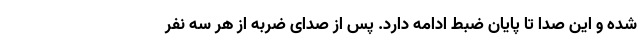
شده و این صدا تا پایان ضبط ادامه دارد. پس از صدای ضربه از هر سه نفر